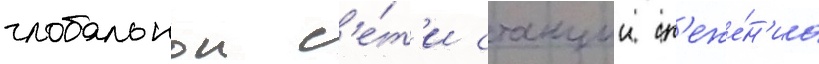
глобальнои с'е́т'и станции сл'еже́н'иа